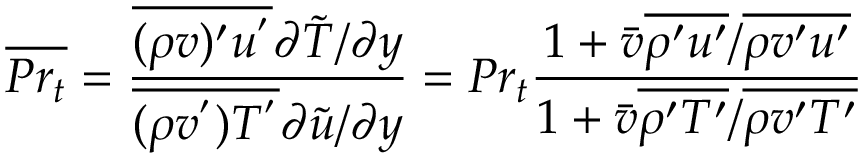
\overline { { P r _ { t } } } = \frac { \overline { { ( \rho v ) ^ { \prime } u ^ { ' } } } \partial \Tilde { T } / \partial y } { \overline { { ( \rho v ^ { ' } ) T ^ { ' } } } \partial \Tilde { u } / \partial y } = P r _ { t } \frac { 1 + \bar { v } \overline { { \rho ^ { \prime } u ^ { \prime } } } / \overline { { \rho v ^ { \prime } u ^ { \prime } } } } { 1 + \bar { v } \overline { { \rho ^ { \prime } T ^ { \prime } } } / \overline { { \rho v ^ { \prime } T ^ { \prime } } } }